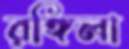
রঙ্গিলা